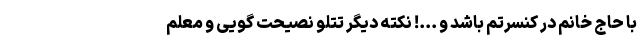
با حاج خانم در کنسرتم باشد و ...! نکته دیگر تتلو نصیحت گویی و معلم